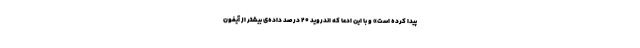
پیدا کرده است» و با این ادعا که اندروید ۲۰ درصد داده‌ی بیشتر از آیفون